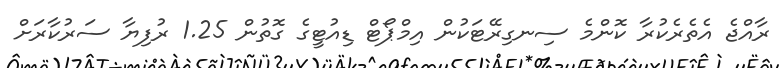
ރާއްޖެ އެތެރެކުރާ ކޮންމެ ސިނގިރޭޓަކުން އިމްޕޯޓް ޑިއުޓީގެ ގޮތުން 1.25 ރުފިޔާ ސަރުކާރަށް